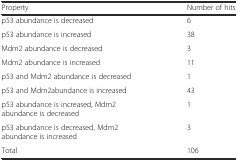
| Property | Number of hits |
 | --- | --- |
 | p53 abundance is decreased | 6 |
 | p53 abundance is increased | 38 |
 | Mdm2 abundance is decreased | 3 |
 | Mdm2 abundance is increased | 11 |
 | p53 and Mdm2 abundance is decreased | 1 |
 | p53 and Mdm2abundance is increased | 43 |
 | p53 abundance is increased, Mdm2 abundance is decreased | 1 |
 | p53 abundance is decreased, Mdm2 abundance is increased | 3 |
 | Total | 106 |